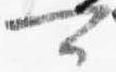
可